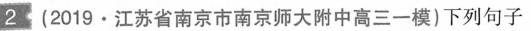
2(2019·江苏省南京市南京师大附中高三一模)下列句子